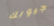
جيوبك